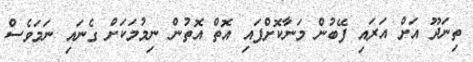
ތިނަދޫ އަށް އަރައި ފޭބުން މަނާކޮށްފައި އޮތް އޮތުން ނިމުމަކަށް ގެނައި ނަމަވެސް